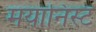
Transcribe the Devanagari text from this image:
मयानिस्ट